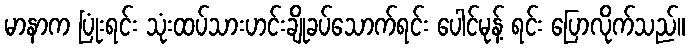
မာနာက ပြုံးရင်း သုံးထပ်သားဟင်းချိုခပ်သောက်ရင်း ပေါင်မုန့် ရင်း ပြောလိုက်သည်။